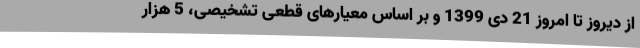
از دیروز تا امروز 21 دی 1399 و بر اساس معیارهای قطعی تشخیصی، 5 هزار